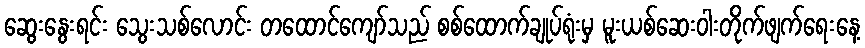
ဆွေးနွေးရင်း သွေးသစ်လောင်း တထောင်ကျော်သည် စစ်ထောက်ချုပ်ရုံးမှ မူးယစ်ဆေးဝါးတိုက်ဖျက်ရေးနေ့